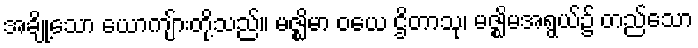
အချို့သော ယောကျ်ားတို့သည်။ မဇ္ဈိမာ ဝယေ ဌိတာသု၊ မဇ္ဈိမအရွယ်၌ တည်သော